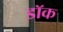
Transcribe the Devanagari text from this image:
डाॅक